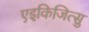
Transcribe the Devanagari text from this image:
एइकिजित्सु